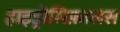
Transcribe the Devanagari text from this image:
हाइड्रोसिफ़ालस